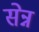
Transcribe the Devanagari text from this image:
सेन्न